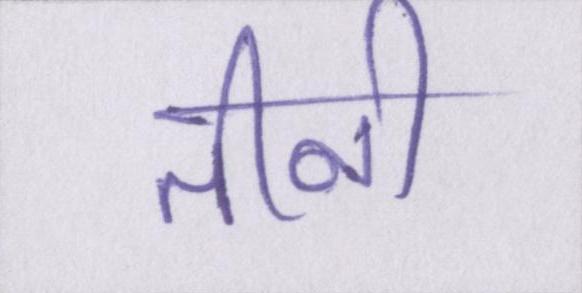
तीनो